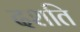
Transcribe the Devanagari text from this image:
दशति